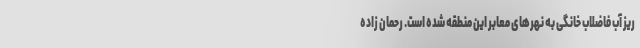
ریز آب فاضلاب خانگی به نهرهای معابر این منطقه شده است. رحمان زاده